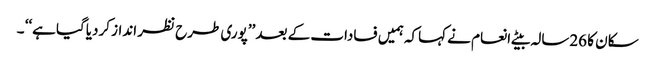
سکان کا 26سالہ بیٹے انعام نے کہاکہ ہمیں فسادات کے بعد ’’پوری طرح نظر انداز کردیاگیا ہے‘‘ ۔